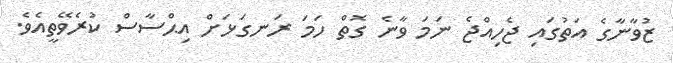
ޒުވާނާގެ އަތުގައި ޖެހިއްޖެ ނަމަ ވާނެ ގޮތް ހަމަ ރަނގަޅަށް އިޙްސާސް ކުރެވޭތީއެވެ.